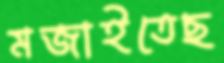
মজাইতেছ